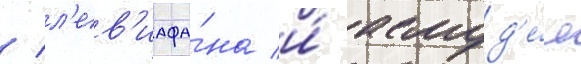
/ л'ев'иафа́на и́ асмод'е́я